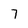
Character: 7